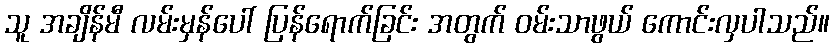
သူ အချိန်မီ လမ်းမှန်ပေါ် ပြန်ရောက်ခြင်း အတွက် ဝမ်းသာဖွယ် ကောင်းလှပါသည်။